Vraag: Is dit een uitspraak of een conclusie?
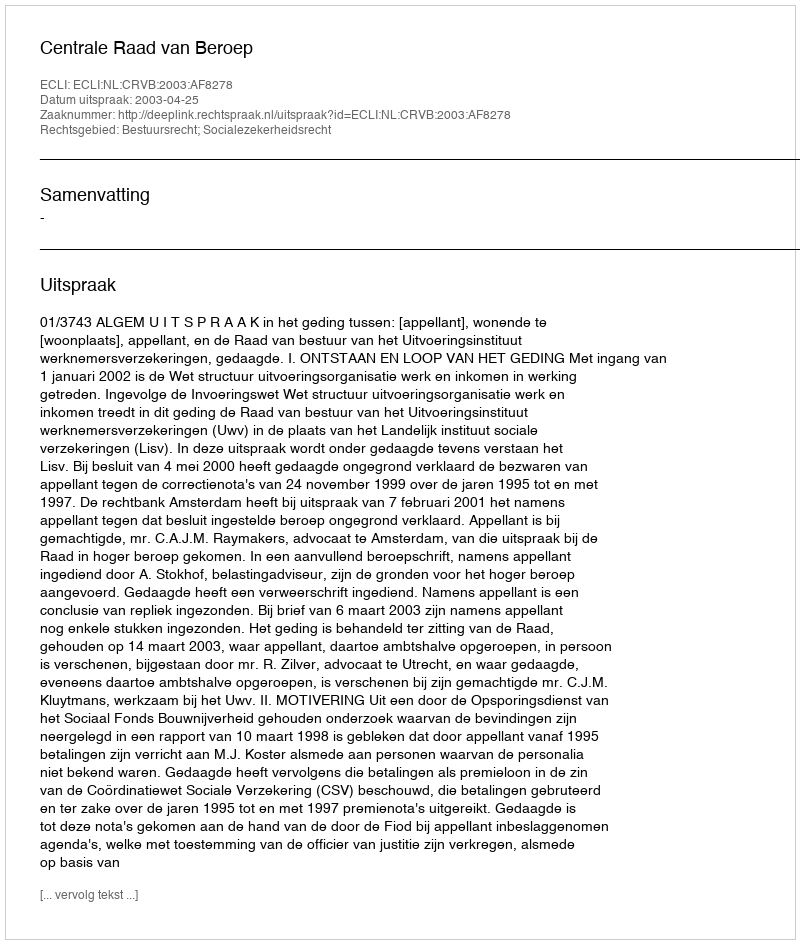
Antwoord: Uitspraak